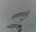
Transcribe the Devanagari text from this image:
भ्रमणशाली